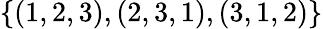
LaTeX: \{ (1,2,3),(2,3,1),(3,1,2)\}